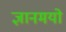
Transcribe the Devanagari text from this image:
ज्ञानमयो